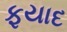
ફયાદ